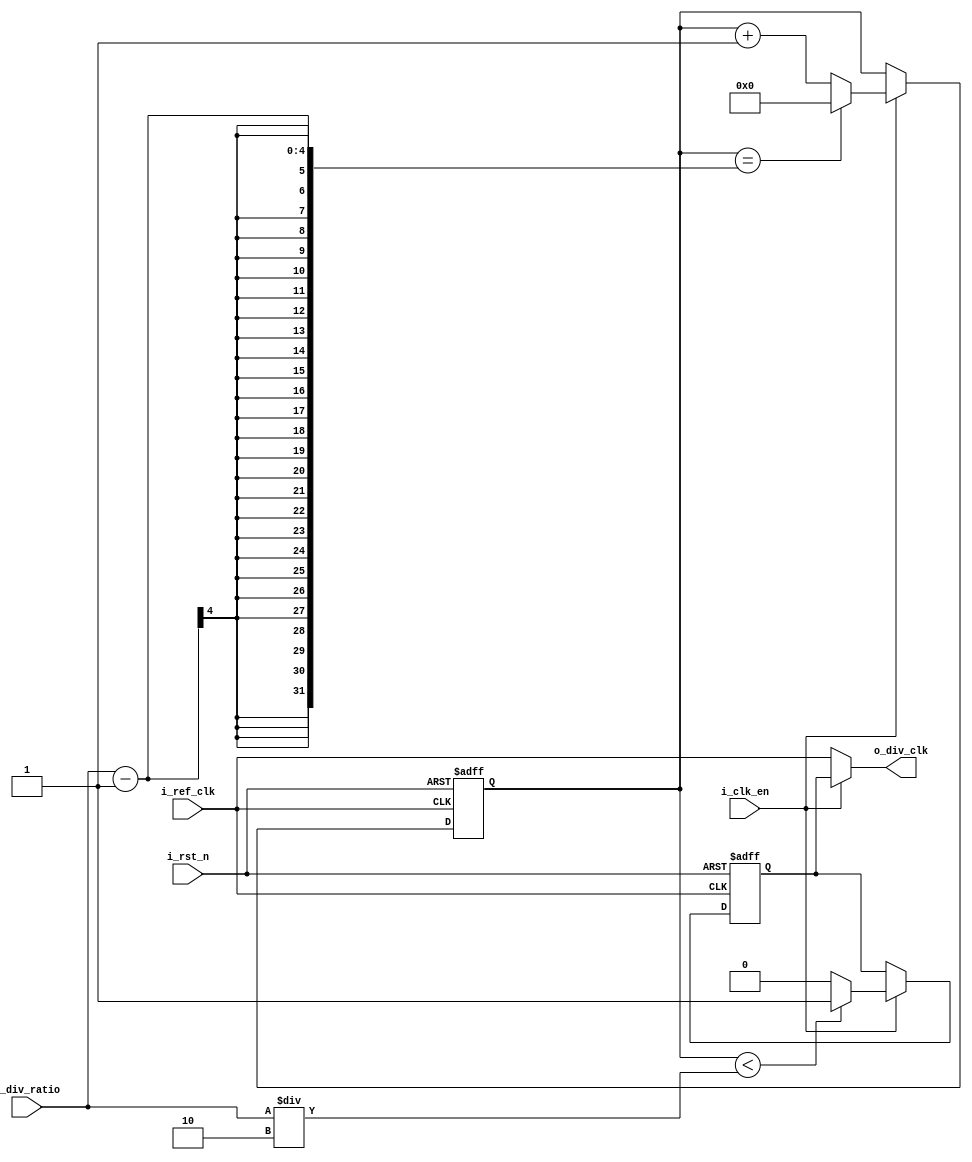
/********************************************************************************************/
/********************************************************************************************/
/**************************		Author: Alyaa Mohamed    ************************************/
/**************************		Module: ClkDiv	         ************************************/
/********************************************************************************************/
/********************************************************************************************/

module ClkDiv #(parameter WIDTH = 4)
(
    input   wire                    i_ref_clk                                       ,
    input   wire                    i_rst_n                                         ,
    input   wire                    i_clk_en                                        ,
    input   wire  [WIDTH-1:0]       i_div_ratio                                     ,

    output  wire                    o_div_clk
);

/*****************************************************************************************/
/*****************************************************************************************/

    reg           [WIDTH-1:0]       counter                                         ;
    reg                             clk_div                                         ;

/*****************************************************************************************/
/*****************************************************************************************/

    always@(posedge i_ref_clk or negedge i_rst_n)
        begin
            if(!i_rst_n)

                counter   <= 'b0                                                    ;

            else if(i_clk_en)
            
                counter <= (counter == (i_div_ratio-1) ) ? 'b0 : (counter + 'b1)    ;
        
        end

/*****************************************************************************************/
/*****************************************************************************************/

    always @(posedge i_ref_clk or negedge i_rst_n)
        begin

            if(!i_rst_n)
             
                clk_div <= 'b0                                                      ;
            
            else if(i_clk_en)
                    
                clk_div <= (counter < (i_div_ratio/2) ) ?  1'b1 : 1'b0              ; 

        end
   
/*****************************************************************************************/
/*****************************************************************************************/

    assign o_div_clk = (i_clk_en) ? clk_div : i_ref_clk                             ;
    
endmodule